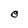
Character: O